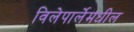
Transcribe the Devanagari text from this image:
विलेपार्लेमधील